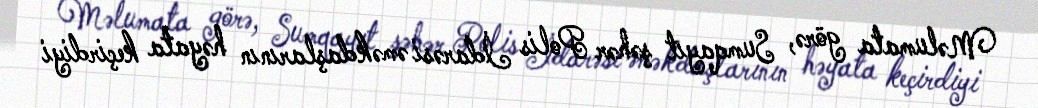
Məlumata görə, Sumqayıt şəhər Polis İdarəsi əməkdaşlarının həyata keçirdiyi